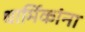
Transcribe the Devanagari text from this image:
धार्मिकांना